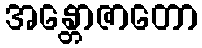
အန္တောဇာတော